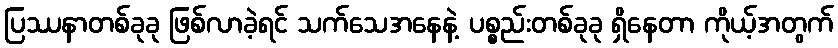
ပြဿနာတစ်ခုခု ဖြစ်လာခဲ့ရင် သက်သေအနေနဲ့ ပစ္စည်းတစ်ခုခု ရှိနေတာ ကိုယ့်အတွက်